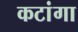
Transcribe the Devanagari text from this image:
कटांगा